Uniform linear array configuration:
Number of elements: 16
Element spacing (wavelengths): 0.25
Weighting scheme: binomial
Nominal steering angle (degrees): -45
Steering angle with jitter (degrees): -45.188
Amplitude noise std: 0.05
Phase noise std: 0.05

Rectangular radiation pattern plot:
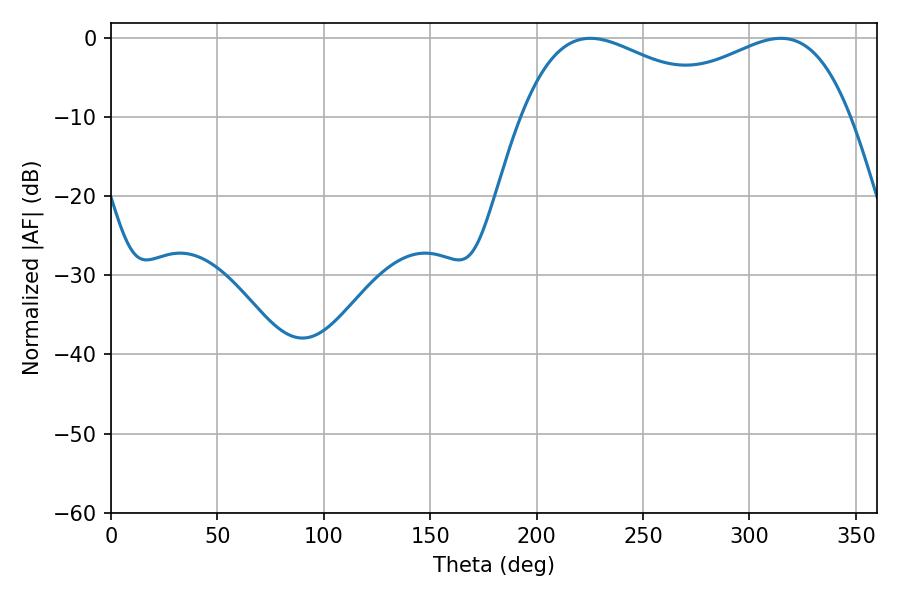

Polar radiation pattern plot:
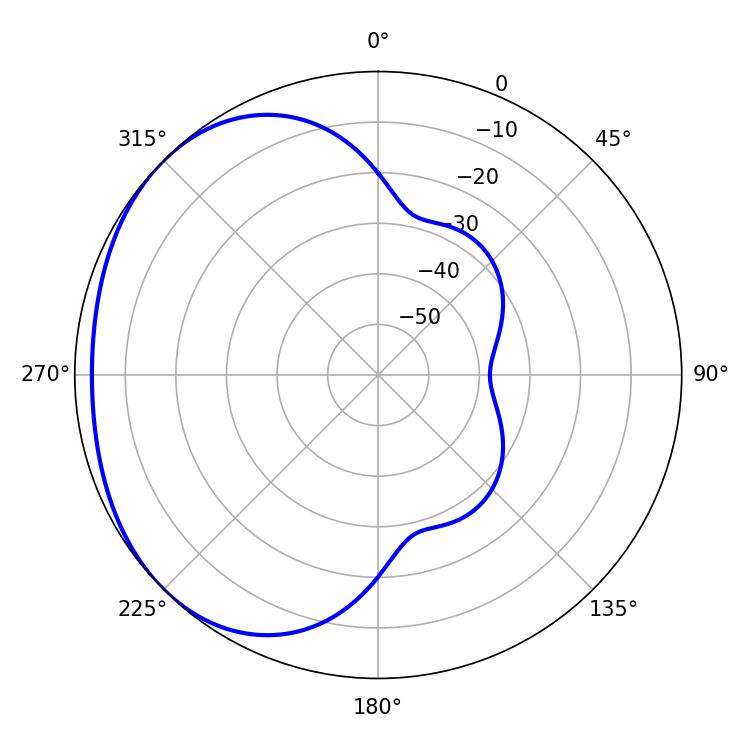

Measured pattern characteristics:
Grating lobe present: FALSE
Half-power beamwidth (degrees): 53.46
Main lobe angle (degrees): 225.18